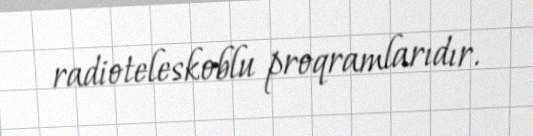
radioteleskoblu proqramlarıdır.